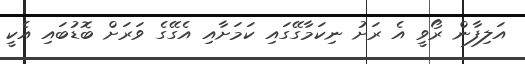
އަލިފާން ރޯވީ އެ ރަށު ނިކަމާގޭގައި ކަމަށާއި އެގޭގެ ވަރަށް ބޮޑުބައި އެކީ